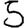
Digit: 5